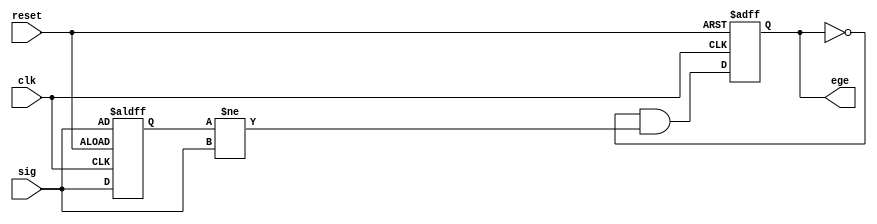
// Created by Jeevaka Dassanayake on 6/03/18.
//   Copyright (c) 2018 Jeevaka Dassanayake.

`timescale 1ns / 1ps

// Even though we call 'edge detector' we are just sampling the 'signal' during each clock cycle.

module DualEdgeMoore( input clk, input reset, input sig, output ege );

	// State.
	// MSb - The input (sig) value at last posedge clk
	// MSb - Our current output.
	
	reg in, out;
	wire next_in, next_out;

	// State changes
	always @( posedge clk, posedge reset )
	begin
		if( reset )
		begin
			in = sig;
			out = 1'b0;
		end
		else
		begin
			in = next_in;
			out = next_out;
		end
	end
	
	// Next state logic
	assign next_in = sig;
	assign next_out = ~out && in != next_in;		// Input changed and we are not signalling atm.
	
	// Output
	assign ege = out;

endmodule